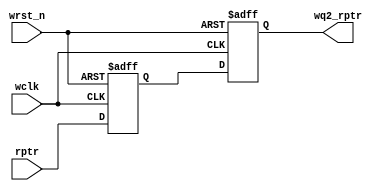
//-----------------------------------------------------------------------------
// Copyright 2017 Damien Pretet ThotIP
//
// Licensed under the Apache License, Version 2.0 (the "License");
// you may not use this file except in compliance with the License.
// You may obtain a copy of the License at
//
//     http://www.apache.org/licenses/LICENSE-2.0
//
// Unless required by applicable law or agreed to in writing, software
// distributed under the License is distributed on an "AS IS" BASIS,
// WITHOUT WARRANTIES OR CONDITIONS OF ANY KIND, either express or implied.
// See the License for the specific language governing permissions and
// limitations under the License.
//-----------------------------------------------------------------------------

`timescale 1 ns / 1 ps
`default_nettype none

module sync_r2w

    #(
    parameter ASIZE = 4
    )(
    input  wire              wclk,
    input  wire              wrst_n,
    input  wire [ASIZE:0] rptr,
    output reg  [ASIZE:0] wq2_rptr
    );

    reg [ASIZE:0] wq1_rptr;

    always @(posedge wclk or negedge wrst_n) begin

        if (!wrst_n)
            {wq2_rptr,wq1_rptr} <= 0;
        else
            {wq2_rptr,wq1_rptr} <= {wq1_rptr,rptr};

    end

endmodule

`resetall